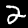
Digit: 2